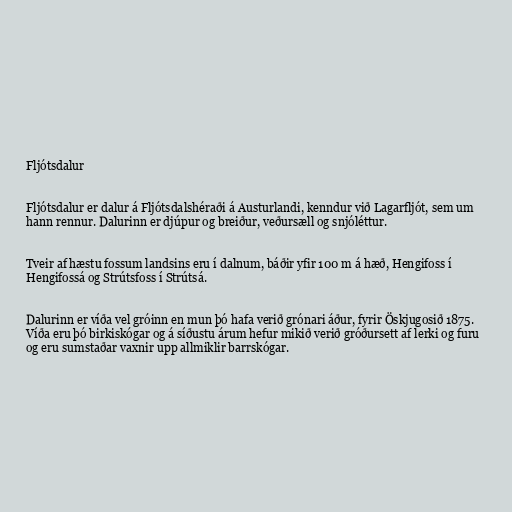
Fljótsdalur

Fljótsdalur er dalur á Fljótsdalshéraði á Austurlandi, kenndur við Lagarfljót, sem um
hann rennur. Dalurinn er djúpur og breiður, veðursæll og snjóléttur.

Tveir af hæstu fossum landsins eru í dalnum, báðir yfir 100 m á hæð, Hengifoss í
Hengifossá og Strútsfoss í Strútsá.

Dalurinn er víða vel gróinn en mun þó hafa verið grónari áður, fyrir Öskjugosið 1875.
Víða eru þó birkiskógar og á síðustu árum hefur mikið verið gróðursett af lerki og furu
og eru sumstaðar vaxnir upp allmiklir barrskógar.